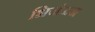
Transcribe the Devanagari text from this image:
भिजंऊन